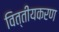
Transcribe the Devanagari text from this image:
वित्तीयकरण